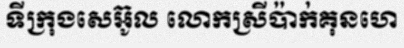
ទីក្រុងសេអ៊ូល លោកស្រីប៉ាក់គុនហេ